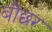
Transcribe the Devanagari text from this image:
बौछर